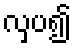
လှပ၍